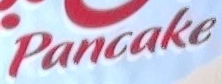
Pancake